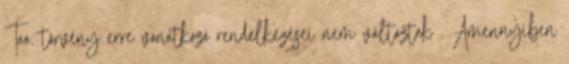
Tao. törvény erre vonatkozó rendelkezései nem változtak . Amennyiben